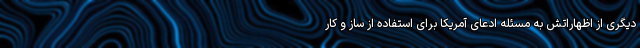
دیگری از اظهاراتش به مسئله ادعای آمریکا برای استفاده از ساز و کار